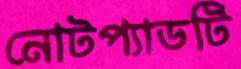
নোটপ্যাডটি